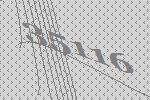
35116